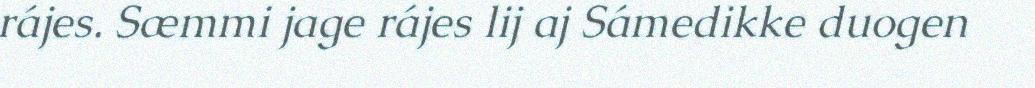
rájes. Sæmmi jage rájes lij aj Sámedikke duogen